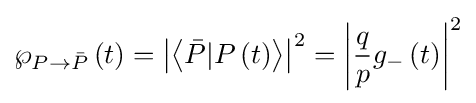
\wp _{P\to {\bar {P}}}\left(t\right)=\left|\left\langle {\bar {P}}|P\left(t\right)\right\rangle \right|^{2}=\left|{\frac {q}{p}}g_{-}\left(t\right)\right|^{2}